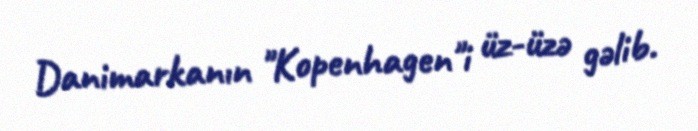
Danimarkanın "Kopenhagen"i üz-üzə gəlib.